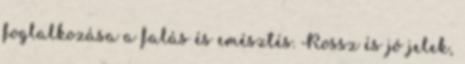
foglalkozása a falás és emésztés. Rossz és jó jelek,